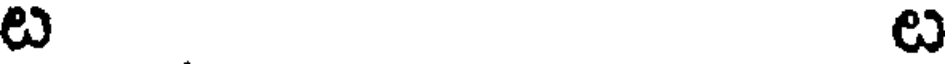
టట